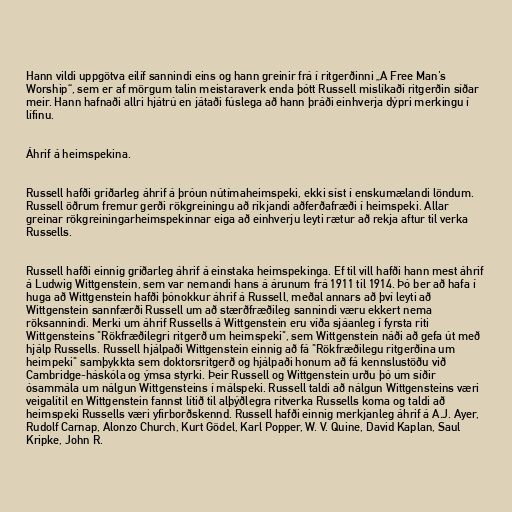
Hann vildi uppgötva eilíf sannindi eins og hann greinir frá í ritgerðinni „A Free Man's
Worship“, sem er af mörgum talin meistaraverk enda þótt Russell mislíkaði ritgerðin síðar
meir. Hann hafnaði allri hjátrú en játaði fúslega að hann þráði einhverja dýpri merkingu í
lífinu.

Áhrif á heimspekina.

Russell hafði gríðarleg áhrif á þróun nútímaheimspeki, ekki síst í enskumælandi löndum.
Russell öðrum fremur gerði rökgreiningu að ríkjandi aðferðafræði í heimspeki. Allar
greinar rökgreiningarheimspekinnar eiga að einhverju leyti rætur að rekja aftur til verka
Russells.

Russell hafði einnig gríðarleg áhrif á einstaka heimspekinga. Ef til vill hafði hann mest áhrif
á Ludwig Wittgenstein, sem var nemandi hans á árunum frá 1911 til 1914. Þó ber að hafa í
huga að Wittgenstein hafði þónokkur áhrif á Russell, meðal annars að því leyti að
Wittgenstein sannfærði Russell um að stærðfræðileg sannindi væru ekkert nema
röksannindi. Merki um áhrif Russells á Wittgenstein eru víða sjáanleg í fyrsta riti
Wittgensteins "Rökfræðilegri ritgerð um heimspeki", sem Wittgenstein náði að gefa út með
hjálp Russells. Russell hjálpaði Wittgenstein einnig að fá "Rökfræðilegu ritgerðina um
heimpeki" samþykkta sem doktorsritgerð og hjálpaði honum að fá kennslustöðu við
Cambridge-háskóla og ýmsa styrki. Þeir Russell og Wittgenstein urðu þó um síðir
ósammála um nálgun Wittgensteins í málspeki. Russell taldi að nálgun Wittgensteins væri
veigalítil en Wittgenstein fannst lítið til alþýðlegra ritverka Russells koma og taldi að
heimspeki Russells væri yfirborðskennd. Russell hafði einnig merkjanleg áhrif á A.J. Ayer,
Rudolf Carnap, Alonzo Church, Kurt Gödel, Karl Popper, W. V. Quine, David Kaplan, Saul
Kripke, John R.